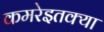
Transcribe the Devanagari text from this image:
कमरेइतक्या